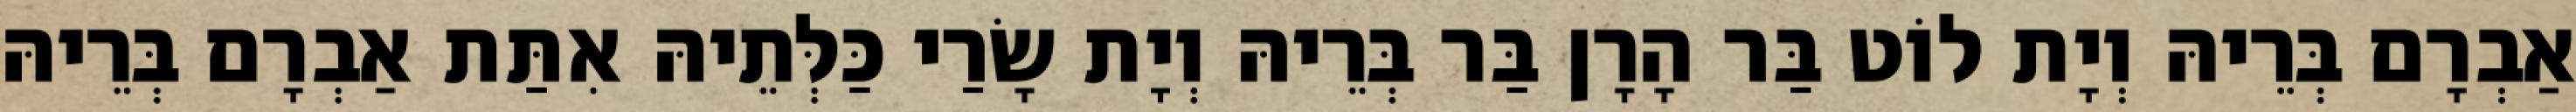
אַבְרָם בְּרֵיהּ וְיָת לוֹט בַּר הָרָן בַּר בְּרֵיהּ וְיָת שָׂרַי כַּלְּתֵיהּ אִתַּת אַבְרָם בְּרֵיהּ